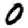
Digit: 0